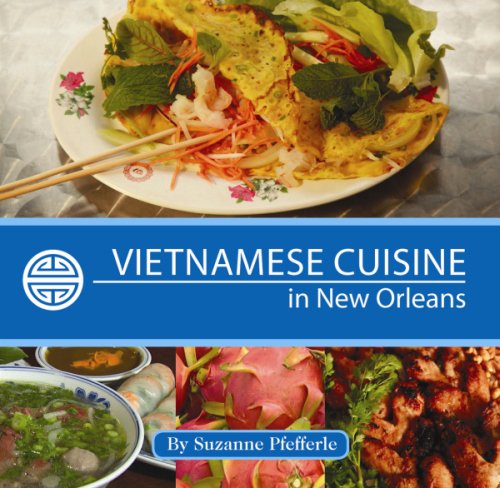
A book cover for Vietnamese Cuisine in New Orleans; Suzanne Pfefferle; Cookbooks, Food & Wine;